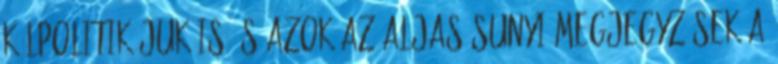
külpolitikájuk is és azok az aljas sunyi megjegyzések a